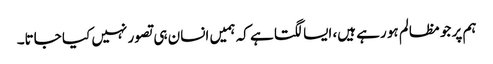
ہم پر جو مظالم ہو رہے ہیں، ایسا لگتا ہے کہ ہمیں انسان ہی تصور نہیں کیا جاتا۔